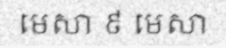
មេសា ៩ មេសា